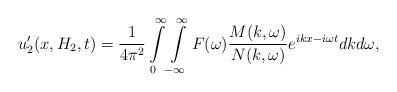
LaTeX: \begin{align*}u_2' (x, H_2, t) = \frac{1}{4 \pi^2} \int\limits_{0}^{\infty} \int \limits_{-\infty}^{\infty}F(\omega) \frac{ M(k, \omega)}{N(k, \omega)} e^{i k x - i \omega t} d k d \omega,\end{align*}